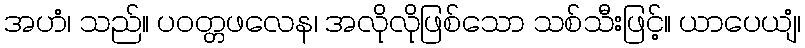
အဟံ၊ သည်။ ပဝတ္တဖလေန၊ အလိုလိုဖြစ်သော သစ်သီးဖြင့်။ ယာပေယျံ၊